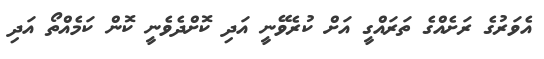
އެވަރުގެ ރަށެއްގެ ތަރައްގީ އަށް ކުރެވޭނީ އަދި ކޮށްދެވެނީ ކޮން ކަމެއްތޯ އަދި